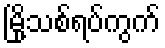
မြို့သစ်ရပ်ကွက်